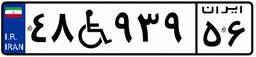
۸۵W۹۸۶۴۴